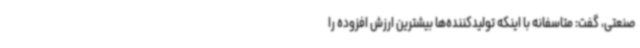
صنعتی، گفت: متاسفانه با اینکه تولیدکننده‌ها بیشترین ارزش افزوده را